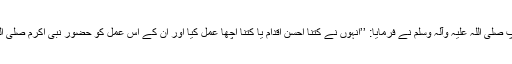
اور بیہقی کی ایک روایت میں ہے کہ آپ صلی اللہ علیہ وآلہ وسلم نے فرمایا: ’’انہوں نے کتنا احسن اقدام یا کتنا اچھا عمل کیا اور ان کے اس عمل کو حضور نبی اکرم صلی اللہ علیہ وآلہ وسلم نے ناپسند نہیں فرمایا۔